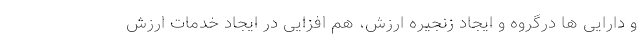
و دارایی ها درگروه و ایجاد زنجیره ارزش، هم افزایی در ایجاد خدمات ارزش